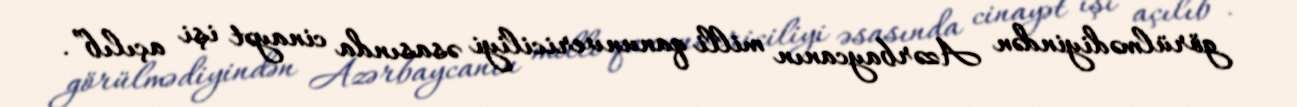
görülmədiyindən Azərbaycanın milli qanunvericiliyi əsasında cinayət işi açılıb”.